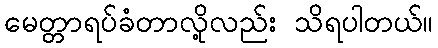
မေတ္တာရပ်ခံတာလို့လည်း သိရပါတယ်။